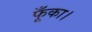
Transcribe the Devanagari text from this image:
फूँका।